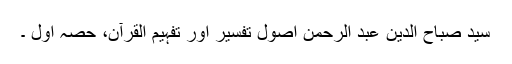
سید صباح الدین عبد الرحمٰن اصول تفسیر اور تفہیم القرآن، حصہ اول ۔